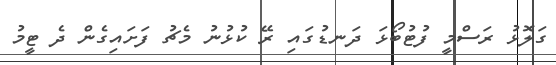
ގަލޮޅު ރަސްމީ ފުޓުބޯޅަ ދަނޑުގައި ރޭ ކުޅުނު މެޗު ފަށައިގެން ދެ ޓީމު